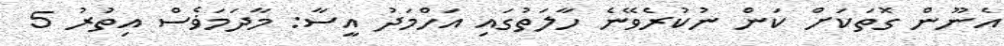
އެނޫން ގޮތަކަށް ކަން ނުކުރެވޭނެ ހާލަތުގައި އަހްމަދު އީސާ: މާދަމަޥެސް އިތުރު 5